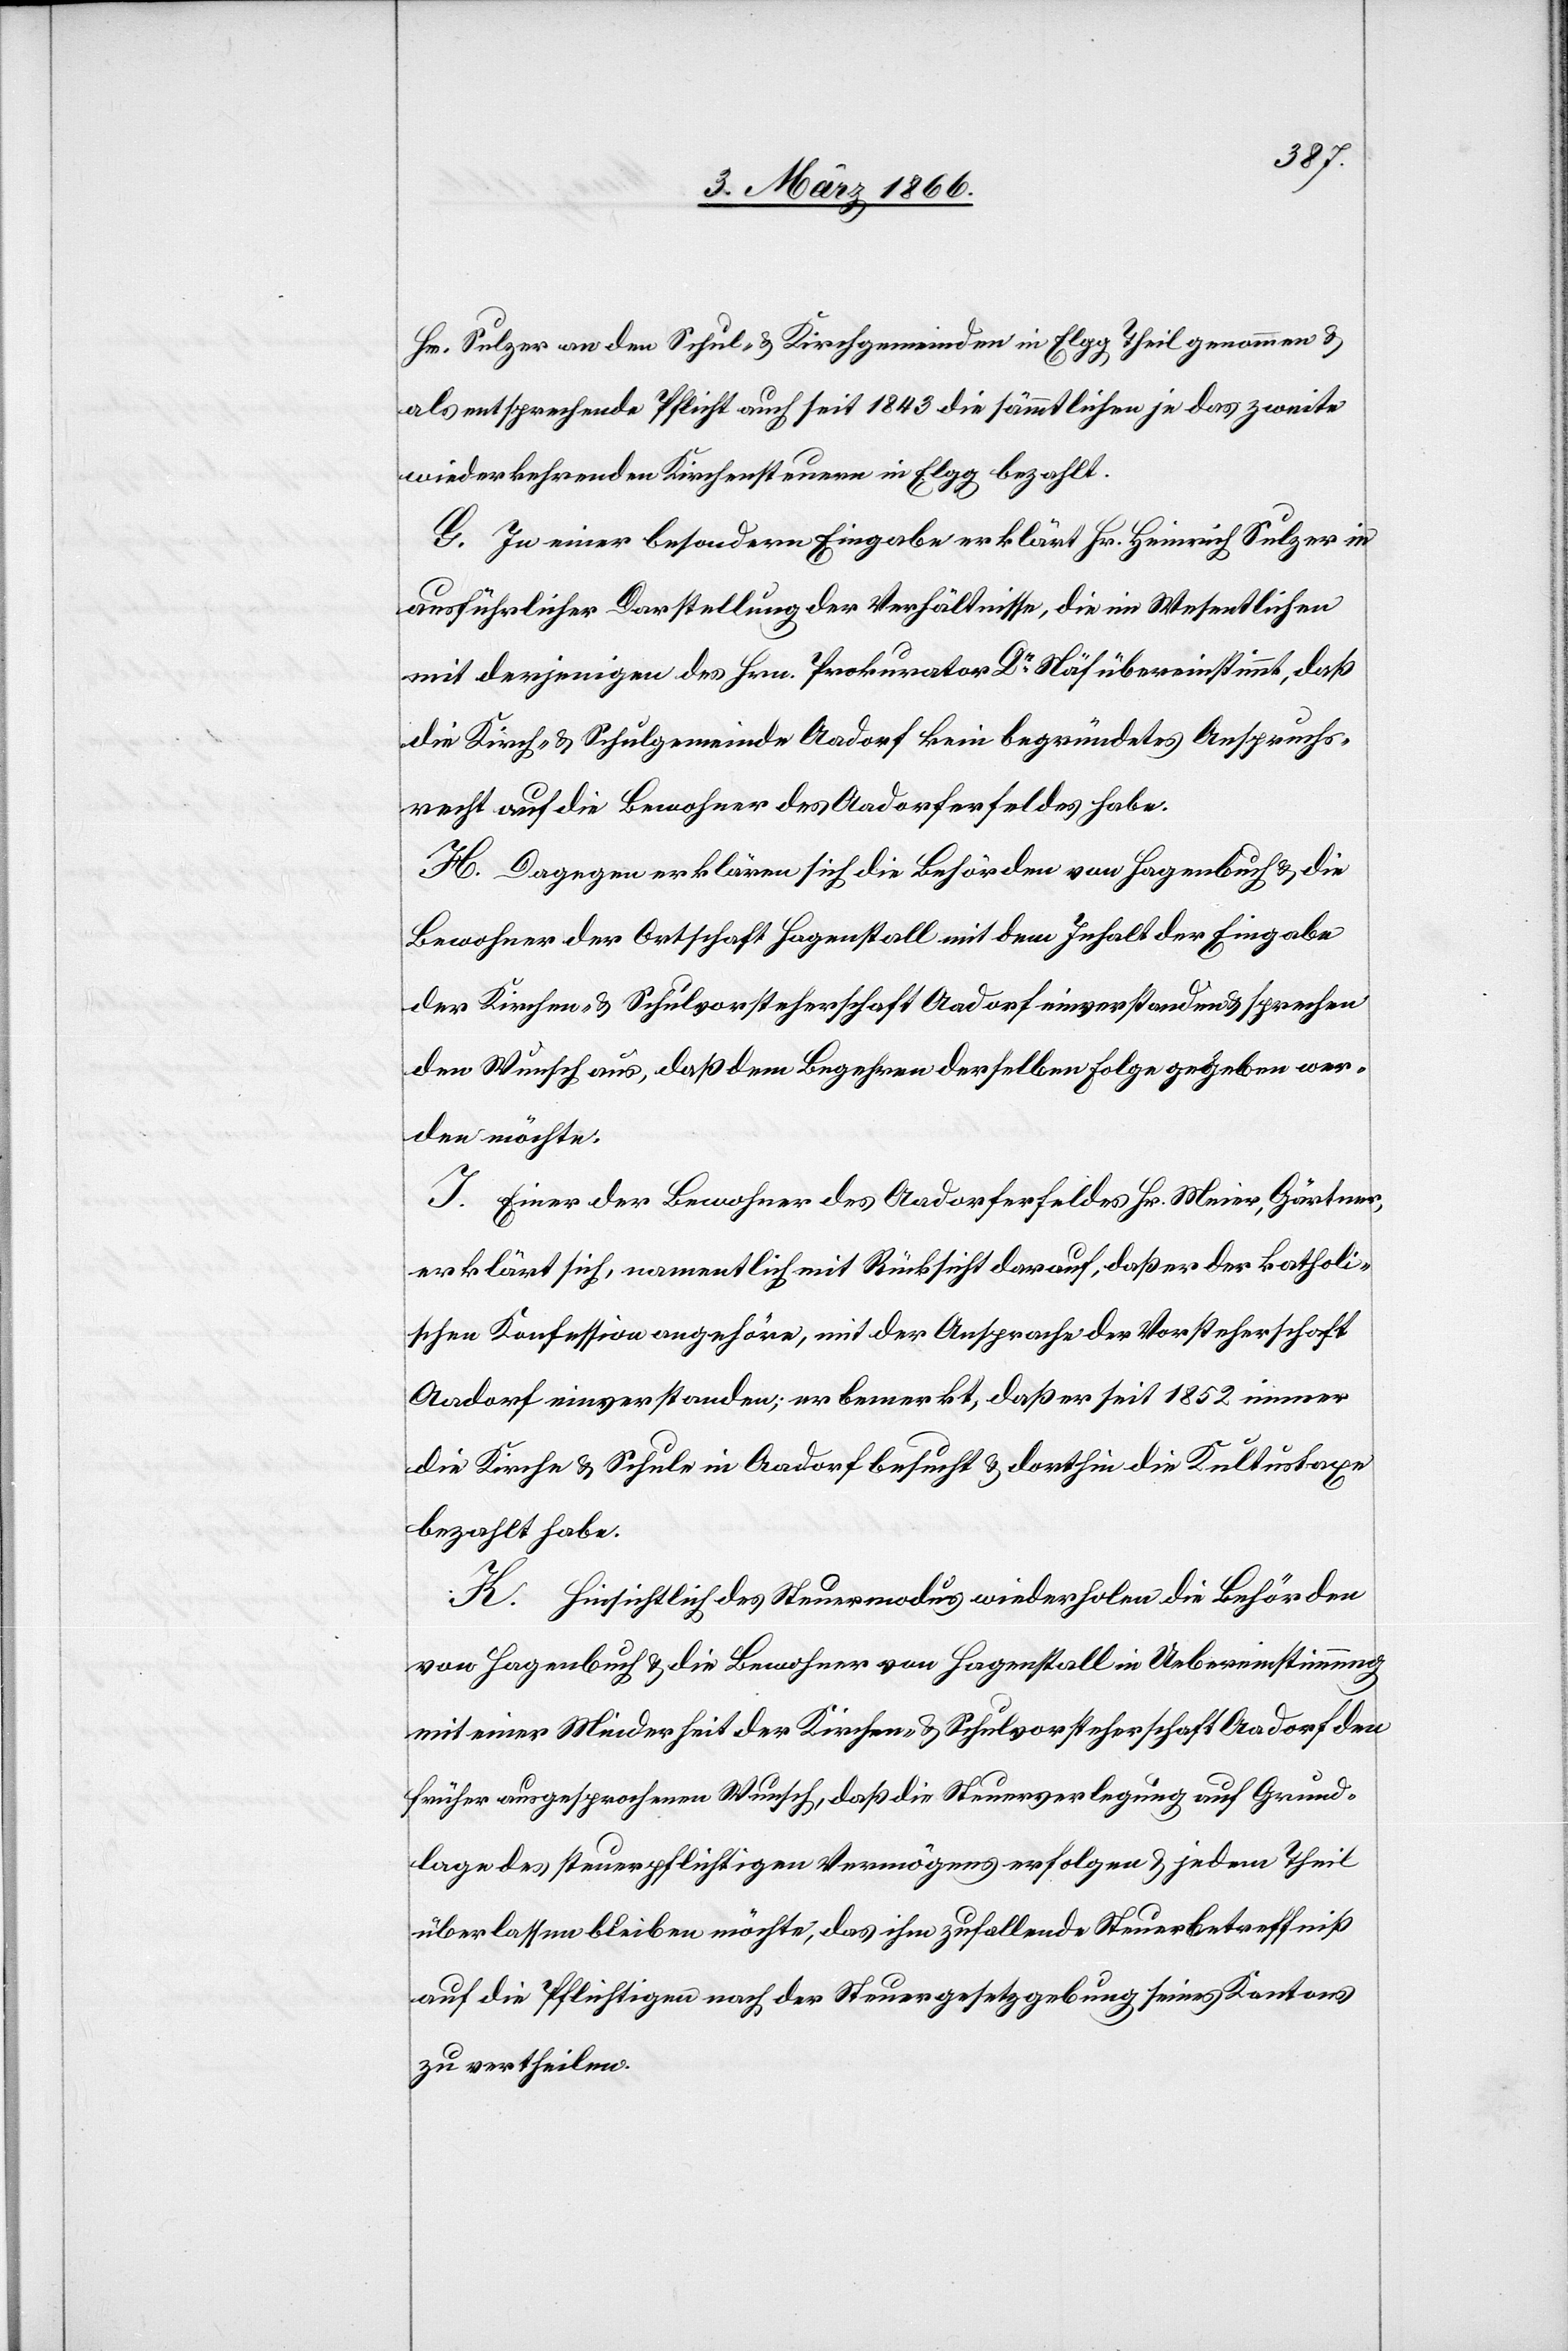
Hr. Sulzer an den Schul- u. Kirchgemeinden in Elgg theilgenommen u.
als entsprechende Pflicht auch seit 1843 die sämmtlichen je das zweite
wiederkehrenden Kirchensteuer in Elgg bezahlt.
G. In einer besondern Eingabe erklärt Hr. Heinrich Sulzer in
ausführlicher Darstellung der Verhältnisse, die im Wesentlichen
mit derjenigen des Hrn. Prokurator Dr. Näf übereinstimmt, daß
die Kirch- u. Schulgemeinde Aadorf kein begründetes Anspruchs¬
recht auf die Bewohner des Aadorferfeldes habe.
H. Dagegen erklären sich die Behörden von Hagenbuch u. die
Bewohner der Ortschaft Hagenstall mit dem Inhalt der Eingabe
der Kirchen u. Schulvorsteherschaft Aadorf einverstanden u. sprechen
den Wunsch aus, daß dem Begehren derselben Folge gegeben wer¬
den möchte.
I. Einer der Bewohner des Aadorferfeldes Hr. Meier, Gärtner,
erklärt sich, namentlich mit Rücksicht darauf, daß er der katholi¬
schen Konfession angehöre, mit der Ansprache der Vorsteherschaft
Aadorf einverstanden; er bemerkt, daß er seit 1852 immer
die Kirche- u. Schule in Aadorf besucht u. dorthin die Kultustaxe
bezahlt habe.
K. Hinsichtlich des Steuermodus wiederholen die Behörden
von Hagenbuch u. die Bewohner von Hagenstall in Uebereinstimmung
mit einer Minderheit der Kirchen- u. Schulvorsteherschaft Aadorf den
früher ausgesprochenen Wunsch, daß die Steuerverlegung nach Grund¬
lage des steuerpflichtigen Vermögens erfolgen u. jedem Theil
überlassen bleiben möchte, das ihm zufallende Steuerbetreffniß
auf die Pflichtigen nach der Steuergesetzgebung seines Kantons
zu vertheilen.